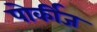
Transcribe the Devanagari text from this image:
पोर्कीज